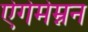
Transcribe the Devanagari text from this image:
ऐगेमेम्नन